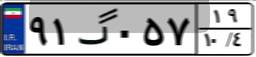
۹۱گ۰۵۷۱۹